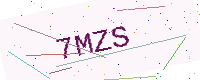
Text: 7MZS